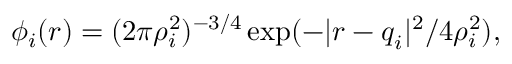
\phi _ { i } ( \boldsymbol { r } ) = ( 2 \pi \rho _ { i } ^ { 2 } ) ^ { - 3 / 4 } \exp ( - | \boldsymbol { r } - \boldsymbol { q } _ { i } | ^ { 2 } / 4 \rho _ { i } ^ { 2 } ) ,